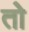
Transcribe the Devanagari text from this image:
तोे